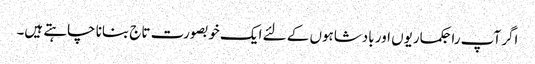
اگر آپ راجکماریوں اور بادشاہوں کے لئے ایک خوبصورت تاج بنانا چاہتے ہیں۔